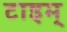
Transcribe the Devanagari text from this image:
टाइम्